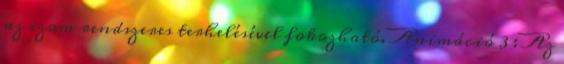
az izom rendszeres terhelésével fokozható. Animáció 3 : Az